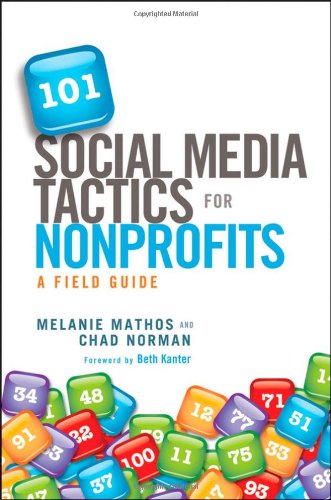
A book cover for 101 Social Media Tactics for Nonprofits: A Field Guide; Melanie Mathos; Computers & Technology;